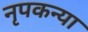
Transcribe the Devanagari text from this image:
नृपकन्या